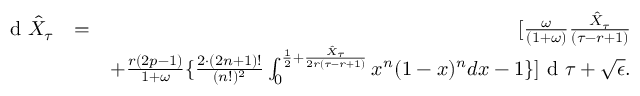
\begin{array} { r l r } { \textrm { d } \hat { X } _ { \tau } } & { = } & { [ \frac { \omega } { ( 1 + \omega ) } \frac { \hat { X } _ { \tau } } { ( \tau - r + 1 ) } } \\ & { } & { + \frac { r ( 2 p - 1 ) } { 1 + \omega } \{ \frac { 2 \cdot ( 2 n + 1 ) ! } { ( n ! ) ^ { 2 } } \int _ { 0 } ^ { \frac { 1 } { 2 } + \frac { \hat { X } _ { \tau } } { 2 r ( \tau - r + 1 ) } } x ^ { n } ( 1 - x ) ^ { n } d x - 1 \} ] \textrm { d } \tau + \sqrt { \epsilon } . } \end{array}